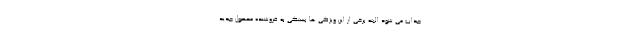
جذاب می شود البته برخی از این ویژگی ها بستگی به فروشنده محصول جدید